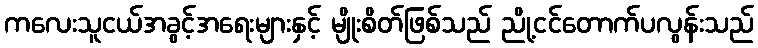
ကလေးသူငယ်အခွင့်အရေးများနှင့် မျိုးစိတ်ဖြစ်သည် ညို့ငင်တောက်ပလွန်းသည်